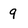
Character: 9